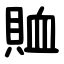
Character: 賉